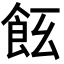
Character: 𩚞